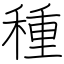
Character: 種